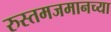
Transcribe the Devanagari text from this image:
रुस्तमजमानच्या